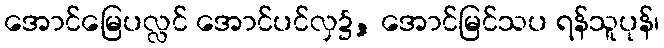
အောင်မြေပလ္လင် အောင်ပင်လှ၌, အောင်မြင်သပ ရန်သူပုန်၊